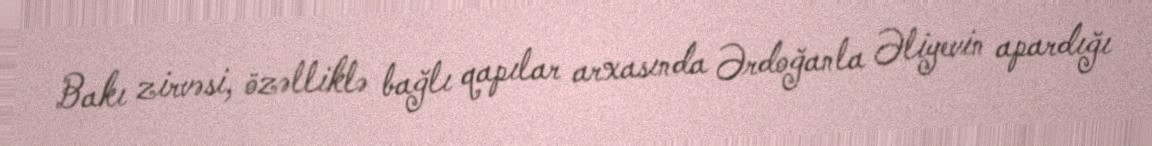
Bakı zirvəsi, özəlliklə bağlı qapılar arxasında Ərdoğanla Əliyevin apardığı